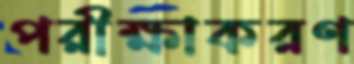
পরীক্ষাকরণ